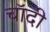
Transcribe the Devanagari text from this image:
चॉदी